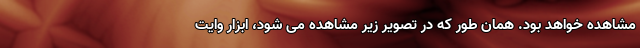
مشاهده خواهد بود. همان طور که در تصویر زیر مشاهده می شود، ابزار وایت